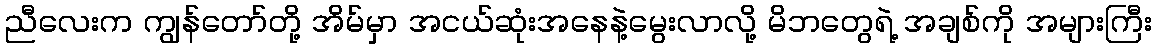
ညီလေးက ကျွန်တော်တို့ အိမ်မှာ အငယ်ဆုံးအနေနဲ့မွေးလာလို့ မိဘတွေရဲ့ အချစ်ကို အများကြီး